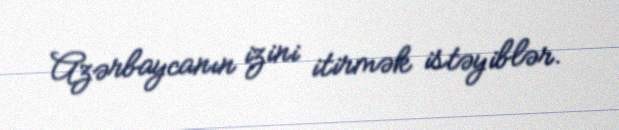
Azərbaycanın izini itirmək istəyiblər.